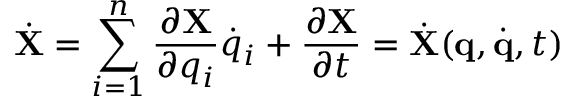
{ \dot { \bf X } } = \sum _ { i = 1 } ^ { n } \frac { \partial { \bf X } } { \partial q _ { i } } { \dot { q } } _ { i } + \frac { \partial { \bf X } } { \partial t } = { \dot { \bf X } } ( { \bf q } , { \dot { \bf q } } , t )